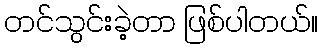
တင်သွင်းခဲ့တာ ဖြစ်ပါတယ်။